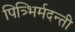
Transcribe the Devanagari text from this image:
पित्र्भिर्मदन्ती